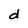
Character: d